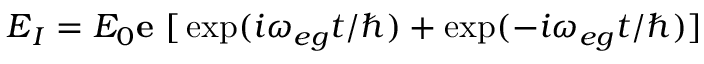
\boldsymbol { E } _ { I } = E _ { 0 } \boldsymbol { \mathbf { e } } \ \large { [ } \exp ( i \omega _ { e g } t / \hbar ) + \exp ( - i \omega _ { e g } t / \hbar ) \large { ] }